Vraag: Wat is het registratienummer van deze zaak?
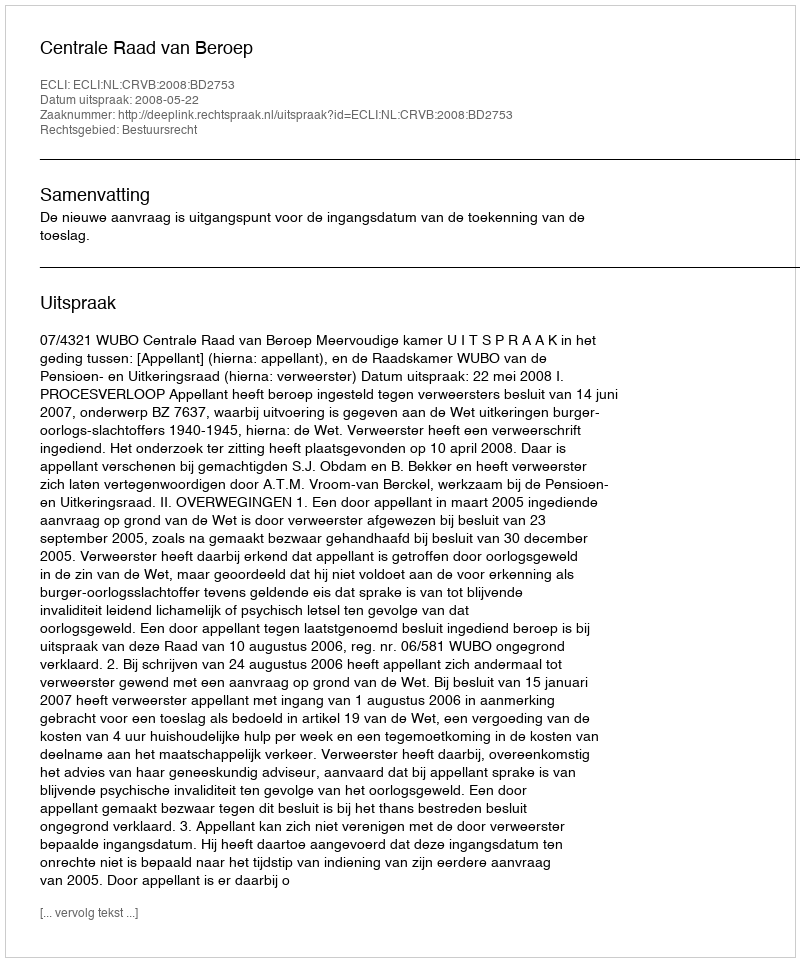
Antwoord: http://deeplink.rechtspraak.nl/uitspraak?id=ECLI:NL:CRVB:2008:BD2753